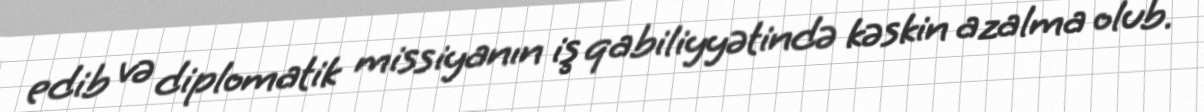
edib və diplomatik missiyanın iş qabiliyyətində kəskin azalma olub.